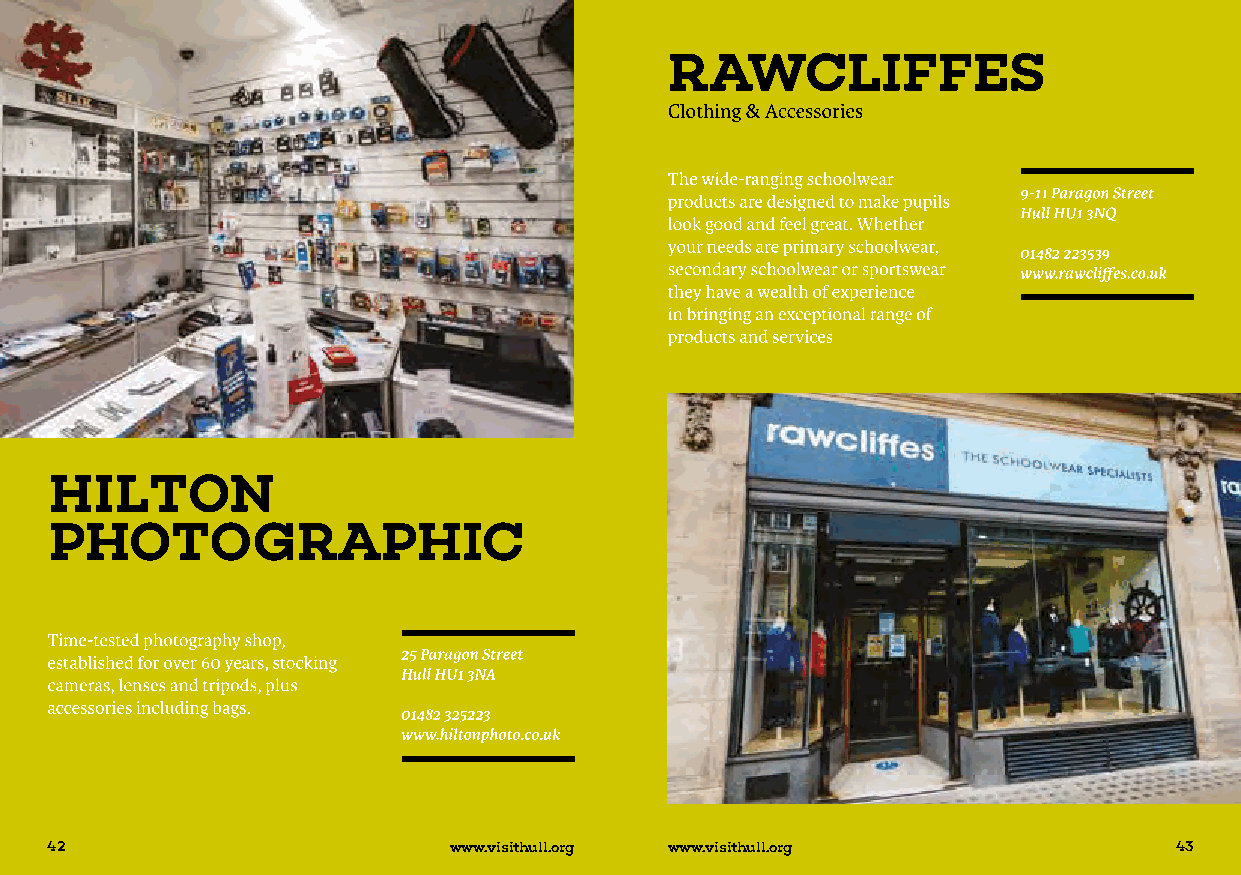
42                         www.visithull.org www.visithull.org             43